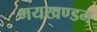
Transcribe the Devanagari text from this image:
भयखण्डन